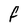
Character: F